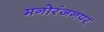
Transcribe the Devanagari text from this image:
मनोरंजनपर